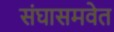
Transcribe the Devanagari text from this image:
संघासमवेत